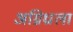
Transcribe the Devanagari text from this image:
अग्निध्राला